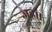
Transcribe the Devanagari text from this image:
जहां।